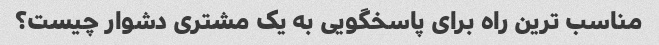
مناسب ترین راه برای پاسخگویی به یک مشتری دشوار چیست؟